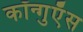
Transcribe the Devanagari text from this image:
कॉन्गुएँस